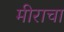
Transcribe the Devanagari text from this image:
मीराचा